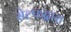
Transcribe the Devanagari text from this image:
सेल्फद्वारा